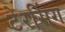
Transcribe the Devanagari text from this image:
टेरसिंग